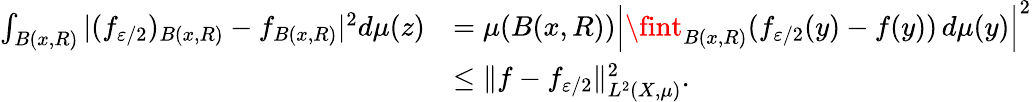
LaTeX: \begin{array}{rl}{\int_{B(x,R)}|(f_{\varepsilon/2})_{B(x,R)}-f_{B(x,R)}|^{2}d\mu(z)}&{=\mu(B(x,R))\Big|\fint_{B(x,R)}(f_{\varepsilon/2}(y)-f(y))\, d\mu(y)\Big|^{2}}\\ &{\leq\| f-f_{\varepsilon/2}\| _{L^{2}(X,\mu)}^{2}.}\end{array}